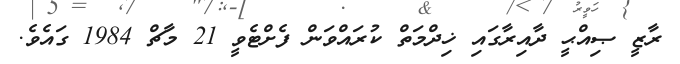
ރާޒީ ޞިއްޙީ ދާއިރާގައި ޚިދްމަތް ކުރައްވަން ފެށްޓެވީ 21 މާޗް 1984 ގައެވެ.